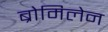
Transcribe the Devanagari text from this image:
ब्रोमिलेन